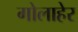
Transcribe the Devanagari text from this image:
गोलाहेर